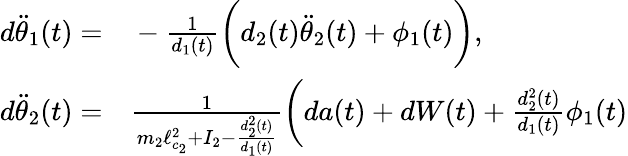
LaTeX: \begin{array}{rl}{d\ddot{\theta}_{1}(t)=}&{{}-\frac{1}{d_{1}(t)}\biggl(d_{2}(t)\ddot{\theta}_{2}(t)+\phi_{1}(t)\biggr),}\\ {d\ddot{\theta}_{2}(t)=}&{{}\frac{1}{m_{2}\ell_{c_{2}}^{2}+I_{2}-\frac{d_{2}^{2}(t)}{d_{1}(t)}}\biggl(da(t)+dW(t)+\frac{d_{2}^{2}(t)}{d_{1}(t)}\phi_{1}(t)}\end{array}